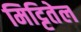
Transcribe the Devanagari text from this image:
मिट्टितेल